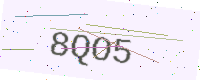
Text: 8QO5